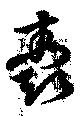
珏